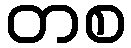
တစ